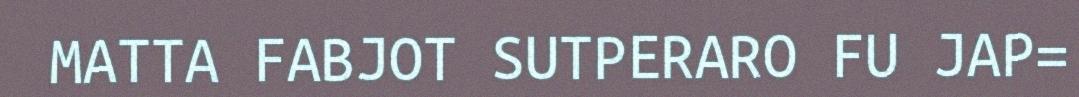
MATTA FABJOT SUTPERARO FU JAP=